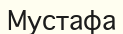
Мустафа